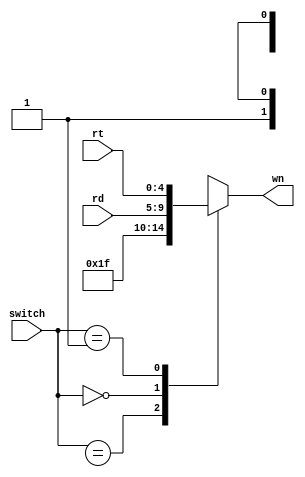
`timescale 1ns / 1ps
//////////////////////////////////////////////////////////////////////////////////
// Company: Penn State Univeristy 
// 
// Design Name: 
// Module Name: WN_Input_Mux
// 
//////////////////////////////////////////////////////////////////////////////////


module WN_Input_Mux(
    input [4:0] rd,
    input [4:0] rt,
    input [1:0] switch,
    output reg [4:0] wn
    );
    
    always @(*)
        case(switch)
            2'b1x: wn = 5'd31;
            2'b00: wn = rd;
            2'b01: wn = rt;
        endcase 
endmodule